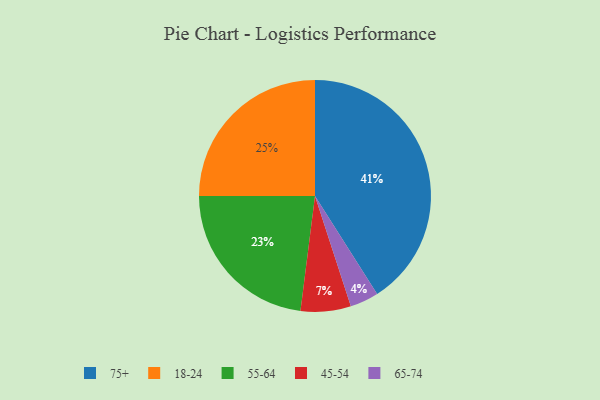
{"axis": {"x": "Category", "y": "Percentage"}, "legend": ["18-24", "45-54", "55-64", "65-74", "75+"], "data": [{"x": "55-64", "y": 23, "type": "55-64"}, {"x": "65-74", "y": 4, "type": "65-74"}, {"x": "75+", "y": 41, "type": "75+"}, {"x": "45-54", "y": 7, "type": "45-54"}, {"x": "18-24", "y": 25, "type": "18-24"}]}